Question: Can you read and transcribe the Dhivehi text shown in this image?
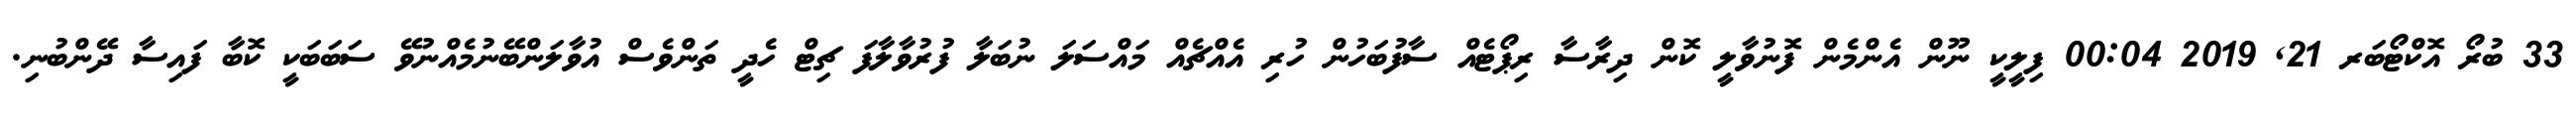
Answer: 33 ބުރޯ އޮކްޓޯބަރ 21, 2019 00:04 ފިލީކީ ނޫން އެންމެން ފޮނުވާލީ ކޮން ދިރާސާ ރިޕޯޓެއް ސާފުބަހުން ހުރި އެއްޗެއް މައްސަލަ ނުބަލާ ފުރުވާލާފަ ޗިޓް ހެދީ ތަންވެސް އުވާލަންބޭނުމެއްނުވޭ ސަބަބަކީ ކޮބާ ފައިސާ ދޭންބުނި.